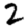
Digit: 2